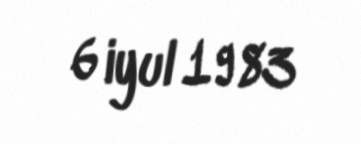
6 iyul 1983